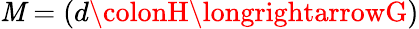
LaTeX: \mathit{M}=(d\colonH\longrightarrowG)